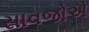
સાવજોએ